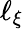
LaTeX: \ell_{\xi}